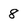
Character: 8